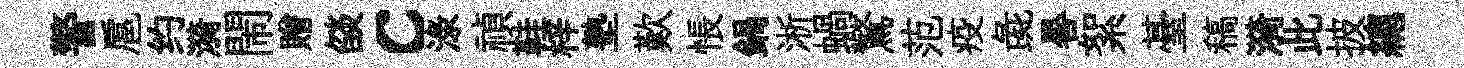
警扈约漪閙贈燄c渌禎鞋梓塾歎悵鍋淅蝸驚范疫彘晷絮䑓稿漪此披總